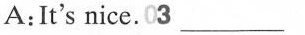
A:It's nice.03 \underline